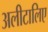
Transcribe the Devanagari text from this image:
अलीटालिए